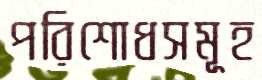
পরিশোধসমূহ